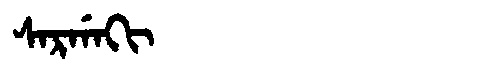
Manchu: ᠰᠠᡵᡤᠠᡴᡳ
Romanization: SARGAKI